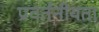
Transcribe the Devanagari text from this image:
प्रवर्तनीयता